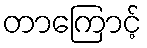
တာကြောင့်